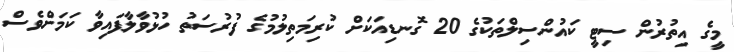
މީގެ އިތުރުން ސިޓީ ކައުންސިލްތަކުގެ 20 ގޮނޑިއަކަށް ކުރިމަތިލުމުގެ ފުރުސަތު ހުޅުވާލާފައިވާ ކަމަށްވެސް